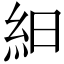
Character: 𥿀